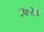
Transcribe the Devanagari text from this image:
मिमोस